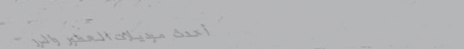
أحدث موديلات العطور والرو